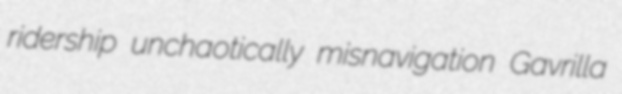
ridership unchaotically misnavigation Gavrilla